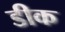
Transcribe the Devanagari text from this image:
डीक